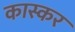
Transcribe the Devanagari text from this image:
कास्कर